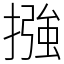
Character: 摾